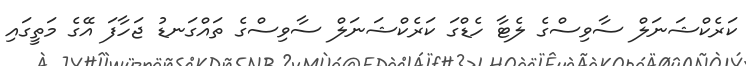
ކަރެކްޝަނަލް ސާވިސްގެ ލެޓާ ހެޑްގަ ކަރެކްޝަނަލް ސާވިސްގެ ތައްގަނޑު ޖަހާފަ އޭގެ މަތީގައި